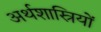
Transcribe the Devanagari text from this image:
अर्थशास्रियों